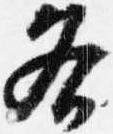
各